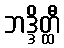
ဘဒ္ဒိတ္ထီ